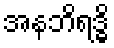
အနဘိရဒ္ဓိ